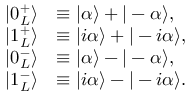
{ \begin{array} { r l } { | 0 _ { L } ^ { + } \rangle } & { \equiv | \alpha \rangle + | - \alpha \rangle , } \\ { | 1 _ { L } ^ { + } \rangle } & { \equiv | i \alpha \rangle + | - i \alpha \rangle , } \\ { | 0 _ { L } ^ { - } \rangle } & { \equiv | \alpha \rangle - | - \alpha \rangle , } \\ { | 1 _ { L } ^ { - } \rangle } & { \equiv | i \alpha \rangle - | - i \alpha \rangle . } \end{array} }